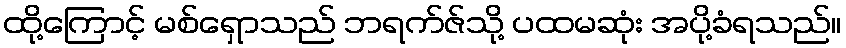
ထို့ကြောင့် မစ်ရှောသည် ဘရက်ဇ်သို့ ပထမဆုံး အပို့ခံရသည်။